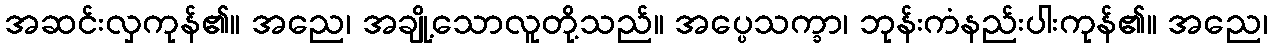
အဆင်းလှကုန်၏။ အညေ၊ အချို့သောလူတို့သည်။ အပ္ပေသက္ခာ၊ ဘုန်းကံနည်းပါးကုန်၏။ အညေ၊